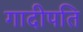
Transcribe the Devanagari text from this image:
गादीपति